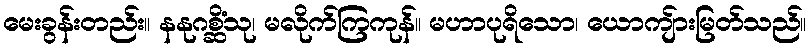
မေးခွန်းတည်း။ နနုဂစ္ဆိံသု၊ မလိုက်ကြကုန်။ မဟာပုရိသော၊ ယောကျ်ားမြတ်သည်။